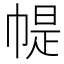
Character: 𢃰